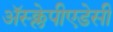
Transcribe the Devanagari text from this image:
अॅस्क्लेपीएडेसी